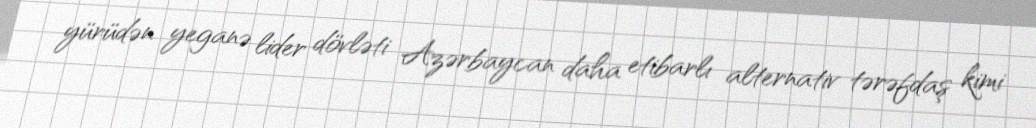
yürüdən yeganə lider dövləti Azərbaycan daha etibarlı alternativ tərəfdaş kimi